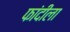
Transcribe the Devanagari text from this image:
फांदीला